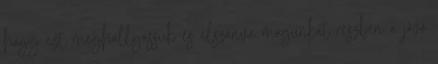
hogy ezt meghallgassuk és elszánva magunkat részben a jövő